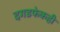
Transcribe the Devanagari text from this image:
दगडफेकही